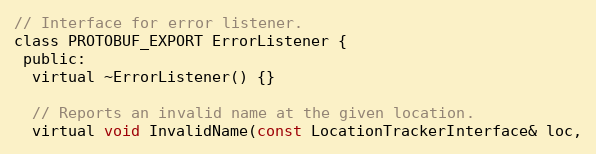
Language: C
// Interface for error listener.
class PROTOBUF_EXPORT ErrorListener {
 public:
  virtual ~ErrorListener() {}

  // Reports an invalid name at the given location.
  virtual void InvalidName(const LocationTrackerInterface& loc,